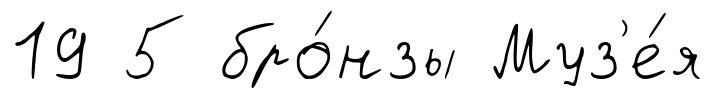
19 5 бро́нзы Муз'е́я